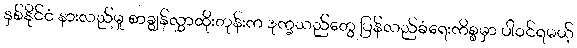
နှစ်နိုင်ငံ နားလည်မှု စာချွန်လွှာထိုးတုန်းက ဒုက္ခသည်တွေ ပြန်လည်ခံရေးကိစ္စမှာ ပါဝင်ရမယ့်